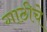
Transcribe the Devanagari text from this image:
गाठीचे